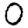
Digit: 0